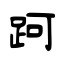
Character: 跒